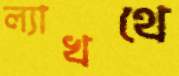
ল্যাখথে